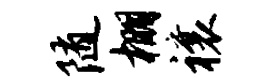
随棚禳